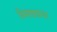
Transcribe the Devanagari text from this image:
विमाछत्राचा